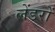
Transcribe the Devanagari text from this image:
लेंडरों